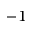
^ { - 1 }